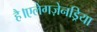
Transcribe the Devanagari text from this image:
है।एलेगज़ेनड्रिया